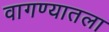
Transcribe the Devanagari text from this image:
वागण्यातला